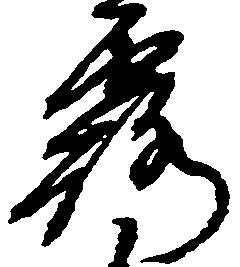
露